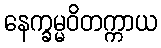
နေက္ခမ္မဝိတက္ကာယ